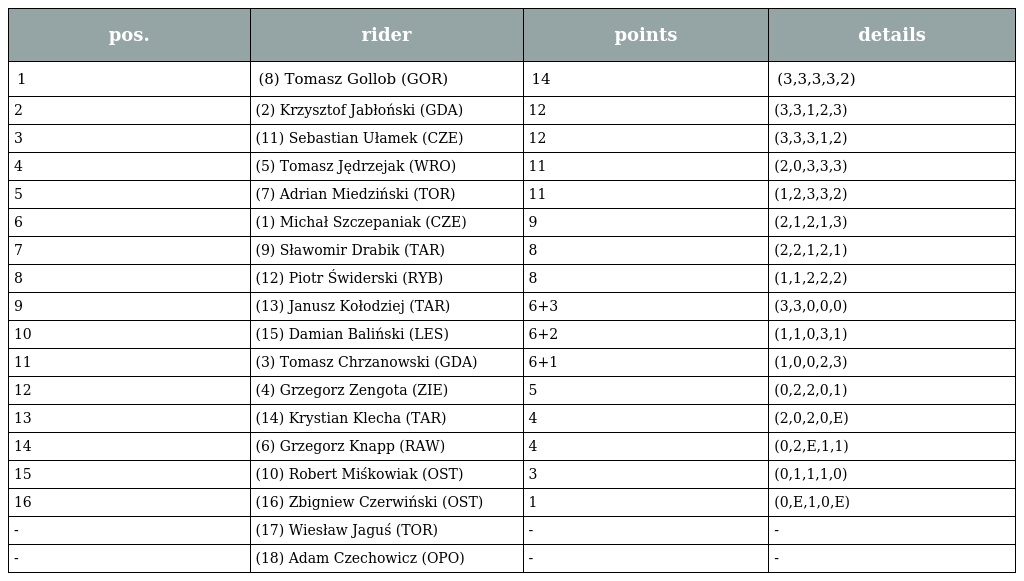
| pos. | rider | points | details |
 | --- | --- | --- | --- |
 | 1 | (8) Tomasz Gollob (GOR) | 14 | (3,3,3,3,2) |
 | 2 | (2) Krzysztof Jabłoński (GDA) | 12 | (3,3,1,2,3) |
 | 3 | (11) Sebastian Ułamek (CZE) | 12 | (3,3,3,1,2) |
 | 4 | (5) Tomasz Jędrzejak (WRO) | 11 | (2,0,3,3,3) |
 | 5 | (7) Adrian Miedziński (TOR) | 11 | (1,2,3,3,2) |
 | 6 | (1) Michał Szczepaniak (CZE) | 9 | (2,1,2,1,3) |
 | 7 | (9) Sławomir Drabik (TAR) | 8 | (2,2,1,2,1) |
 | 8 | (12) Piotr Świderski (RYB) | 8 | (1,1,2,2,2) |
 | 9 | (13) Janusz Kołodziej (TAR) | 6+3 | (3,3,0,0,0) |
 | 10 | (15) Damian Baliński (LES) | 6+2 | (1,1,0,3,1) |
 | 11 | (3) Tomasz Chrzanowski (GDA) | 6+1 | (1,0,0,2,3) |
 | 12 | (4) Grzegorz Zengota (ZIE) | 5 | (0,2,2,0,1) |
 | 13 | (14) Krystian Klecha (TAR) | 4 | (2,0,2,0,E) |
 | 14 | (6) Grzegorz Knapp (RAW) | 4 | (0,2,E,1,1) |
 | 15 | (10) Robert Miśkowiak (OST) | 3 | (0,1,1,1,0) |
 | 16 | (16) Zbigniew Czerwiński (OST) | 1 | (0,E,1,0,E) |
 | - | (17) Wiesław Jaguś (TOR) | - | - |
 | - | (18) Adam Czechowicz (OPO) | - | - |